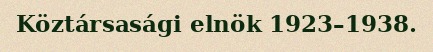
Köztársasági elnök 1923–1938.